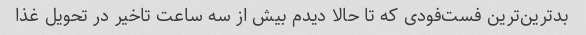
بدترین‌ترین فست‌فودی که تا حالا دیدم بیش از سه ساعت تاخیر در تحویل غذا